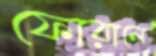
ফোরালে